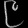
Digit: ၉